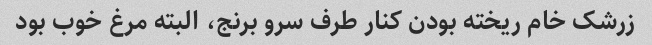
زرشک خام ریخته بودن کنار طرف سرو برنج، البته مرغ خوب بود